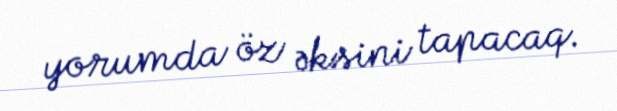
yorumda öz əksini tapacaq.